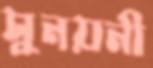
সুনয়নী